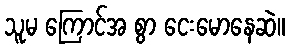
သူမ ကြောင်အ စွာ ငေးမောနေဆဲ။